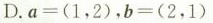
D.$$a = ( 1 ，2 )$$，$$b = ( 2 ， 1 )$$